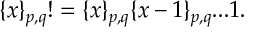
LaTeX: \{ x \} _ { p , q } ! = \{ x \} _ { p , q } \{ x - 1 \} _ { p , q } . . . 1 .